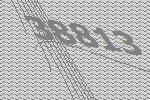
38813